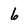
Character: 6